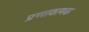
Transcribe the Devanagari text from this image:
प्रणावत्मक